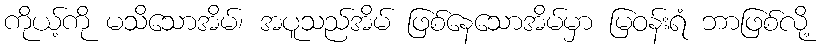
ကိုယ့်ကို မသိသောအိမ်၊ အပူသည်အိမ် ဖြစ်နေသောအိမ်မှာ မြဝန်းရံ ဘာဖြစ်လို့